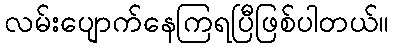
လမ်းပျောက်နေကြရပြီဖြစ်ပါတယ်။